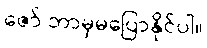
ဇော် ဘာမှမပြောနိုင်ပါ။